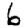
Digit: 6